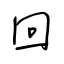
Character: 回